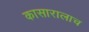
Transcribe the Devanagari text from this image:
कासारालाच